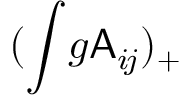
( \int \! g \mathsf { A } _ { i \! j } ) _ { + }